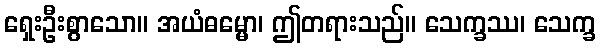
ရှေးဦးစွာသော။ အယံဓမ္မော၊ ဤတရားသည်။ သေက္ခဿ၊ သေက္ခ